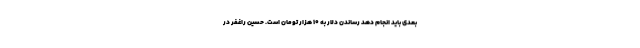
بعدی باید انجام دهد رساندن دلار به ۱۰ هزار تومان است. حسین راغفر در